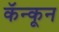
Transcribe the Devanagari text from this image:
कॅन्कून